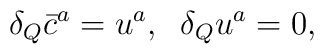
\delta_{Q}\bar{c}^{a}=u^{a},\;\; \delta_{Q}u^{a}=0,